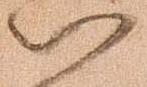
以